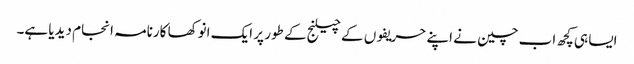
ایسا ہی کچھ اب چین نے اپنے حریفوں کے چیلنج کے طور پر ایک انوکھا کارنامہ انجام دیدیا ہے۔